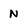
Character: N